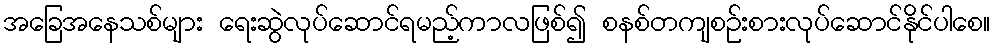
အခြေအနေသစ်များ ရေးဆွဲလုပ်ဆောင်ရမည့်ကာလဖြစ်၍ စနစ်တကျစဉ်းစားလုပ်ဆောင်နိုင်ပါစေ။